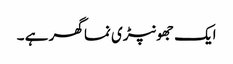
ایک جھونپڑی نما گھر ہے ۔